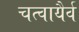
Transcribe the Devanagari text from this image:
चत्वायैर्व